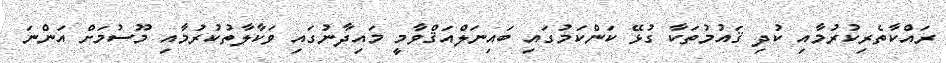
ރައްކާތެރިކުރުމާއި ކުދި ޤައުމުތަކާ ގުޅޭ ކަންކަމުގައި ބައިނަލްއަޤްވާމީ މައިދާނުގައި ވަކާލާތުކުރުމާއި މޫސުމަށް އަންނަ